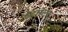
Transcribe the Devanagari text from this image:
इटसेल्फ